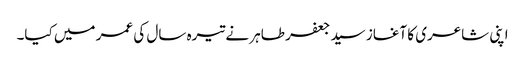
اپنی شاعری کا آغاز سید جعفر طاہر نے تیرہ سال کی عمر میں کیا۔